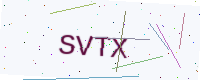
Text: SVTX